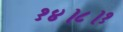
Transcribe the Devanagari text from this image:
१४।८।१